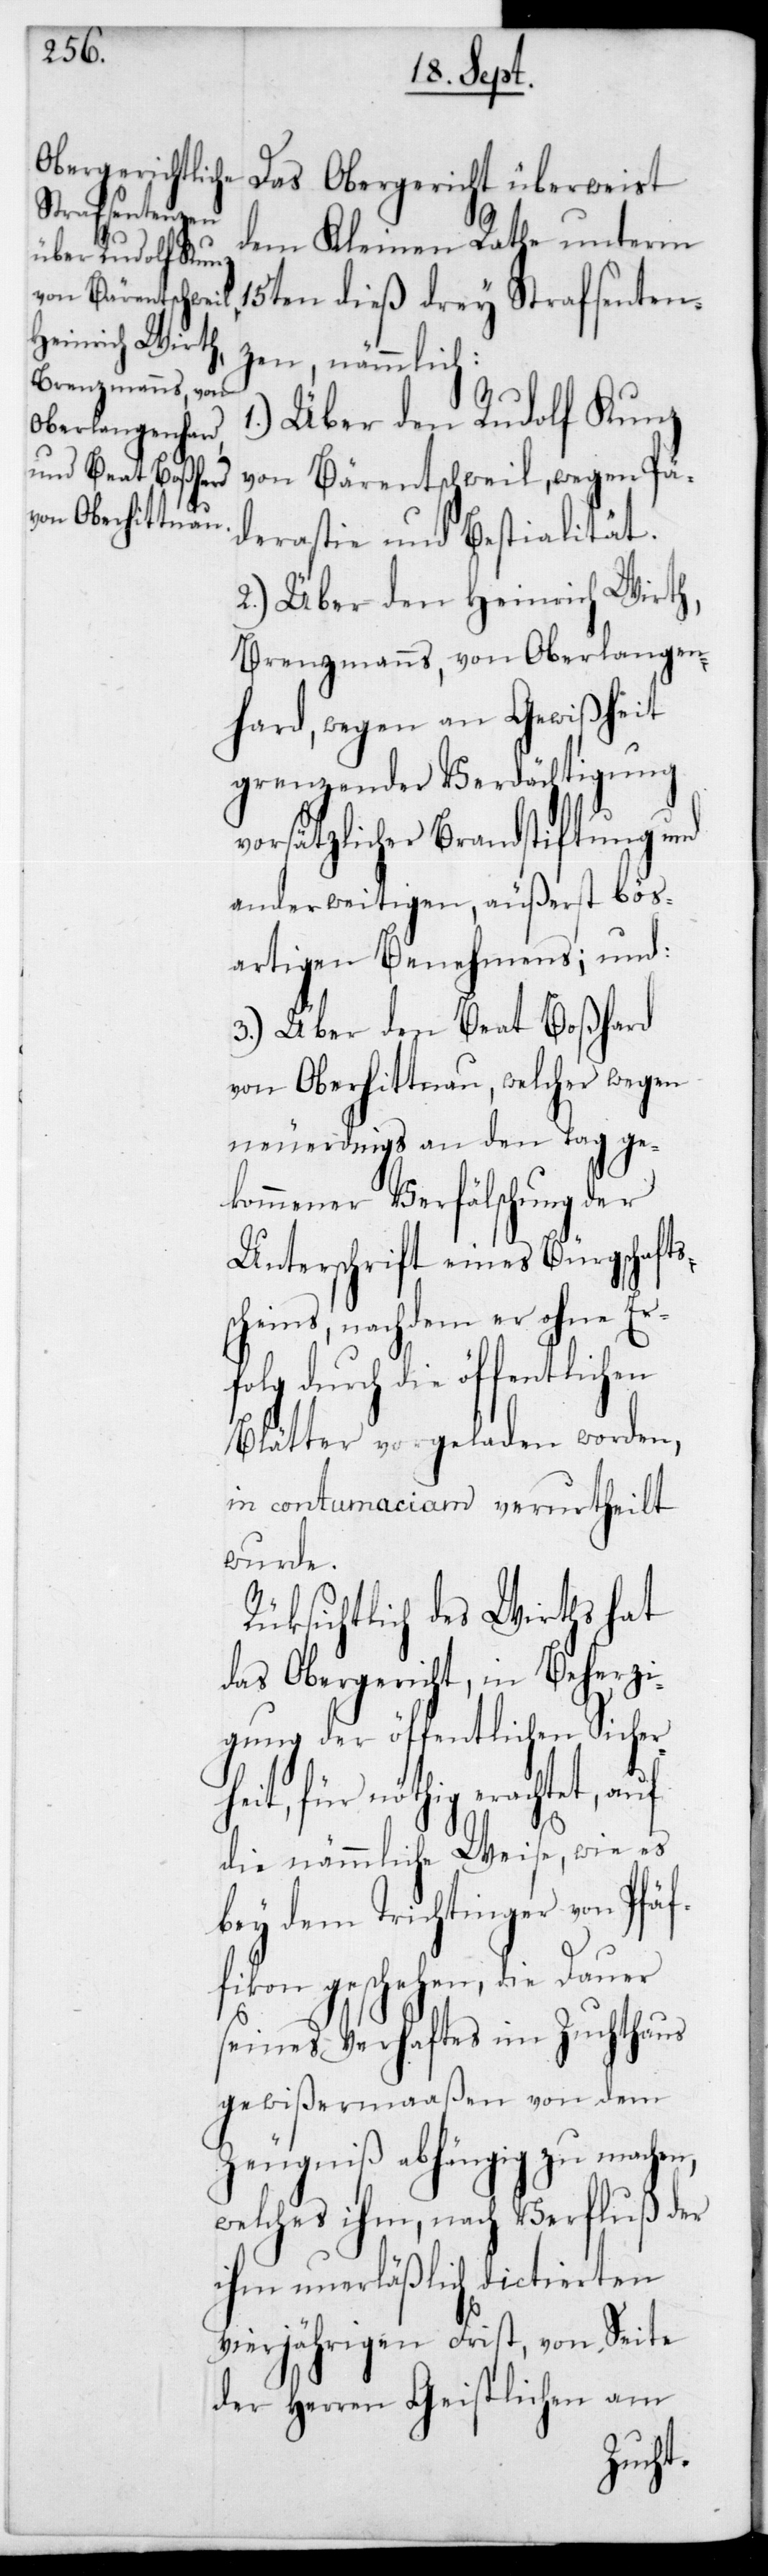
dem Kleinen Rathe unterm
15ten dieß drey Strafsenten¬
zen, nämmlich:
1.) Über den Rudolf Kunz
von Bärentschweil, wegen Pä¬
derastie und Bestialität.
2.) Über den Heinrich Wirth,
Brenzmanns, von Oberlangen¬
hard, wegen an Gewißheit
grenzender Verdächtigung
vorsätzlicher Brandstiftung und
anderweitigen, äußerst bös¬
artigen Benehmens; und
E¬
3.) Über den Beat Boßh¬
von Oberhittnau, welcher wegen
neuerdings an den Tag ge¬
kommener Verfälschung der
Unterschrift eines Bürgschafts¬
scheins, nachdem er
rfolg durch die öffe¬
Blätter vorgeladen
in contumaciam ve¬
wurde.
Rücksichtlich des Wirths hat
das Obergericht, in
igung der öffentlichen Sicher¬
heit, für nöthig erachtet ,
die nämmliche Weise, wie es
bey dem Trichtinger von Pfäf¬
fikon geschehen, die Dauer
seines Verhaftes im Zuchthaus
gewißermaaßen von dem
Zeugniß abhängig zu machen,
welches ihm, nach Verfluß der
ihm unerläßlich dictierten
vierjährigen Frist, von Seite
der Herren Geistlichen am
Beherz¬